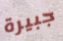
جبيرة